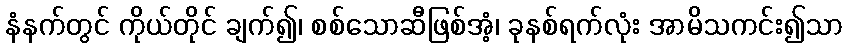
နံနက်တွင် ကိုယ်တိုင် ချက်၍၊ စစ်သောဆီဖြစ်အံ့၊ ခုနစ်ရက်လုံး အာမိသကင်း၍သာ